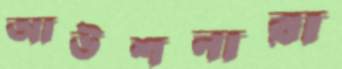
আউশনারা